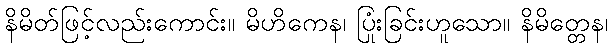
နိမိတ်ဖြင့်လည်းကောင်း။ မိဟိကေန၊ ပြုံးခြင်းဟူသော။ နိမိတ္တေန၊